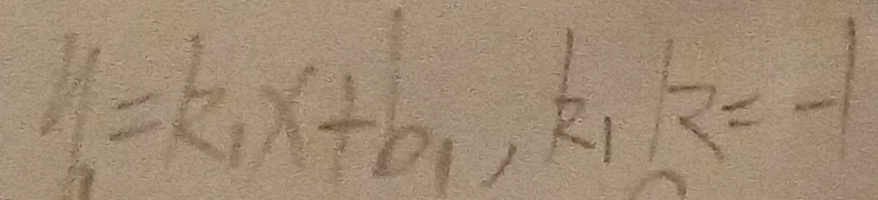
y = k _ { 1 } x + b _ { 1 } , k _ { 1 } k = - 1